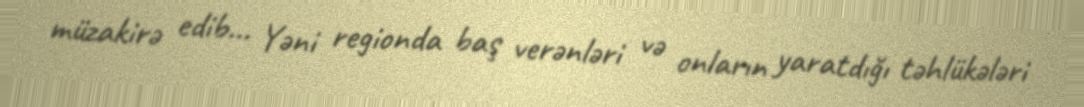
müzakirə edib... Yəni regionda baş verənləri və onların yaratdığı təhlükələri